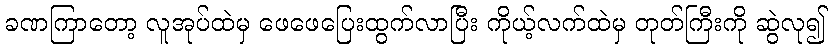
ခဏကြာတော့ လူအုပ်ထဲမှ ဖေဖေပြေးထွက်လာပြီး ကိုယ့်လက်ထဲမှ တုတ်ကြီးကို ဆွဲလု၍